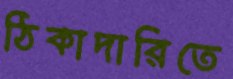
ঠিকাদারিতে